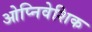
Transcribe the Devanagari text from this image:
ओप्निवेशिक